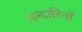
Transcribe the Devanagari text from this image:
मन्दारिनों